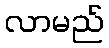
လာမည်